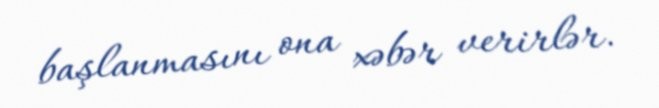
başlanmasını ona xəbər verirlər.